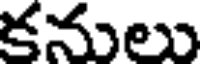
కనులు